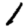
Digit: 1